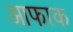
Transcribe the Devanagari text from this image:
आफाक